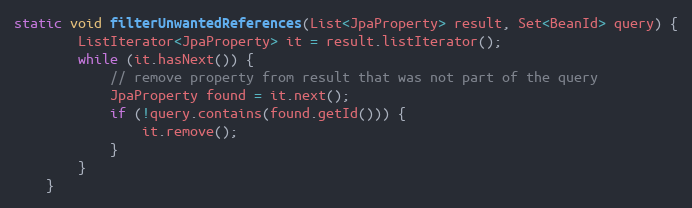
Language: Java
static void filterUnwantedReferences(List<JpaProperty> result, Set<BeanId> query) {
        ListIterator<JpaProperty> it = result.listIterator();
        while (it.hasNext()) {
            // remove property from result that was not part of the query
            JpaProperty found = it.next();
            if (!query.contains(found.getId())) {
                it.remove();
            }
        }
    }